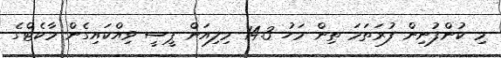
މި ކުންފުނިން ފުރަތަމަ ތިން މަހު 14.3 މިލިއަން ޕީސީ ވިއްކައިގެން މާކެޓްގެ